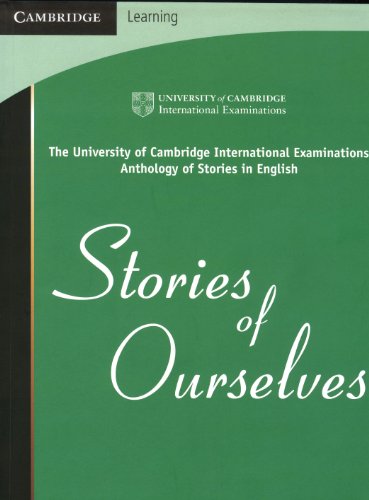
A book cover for Stories of Ourselves: The University of Cambridge International Examinations Anthology of Stories in English (Cambridge Learning); University of Cambridge International Examinations; Children's Books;